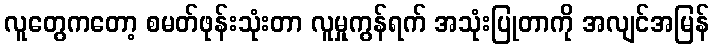
လူတွေကတော့ စမတ်ဖုန်းသုံးတာ လူမှုကွန်ရက် အသုံးပြုတာကို အလျင်အမြန်